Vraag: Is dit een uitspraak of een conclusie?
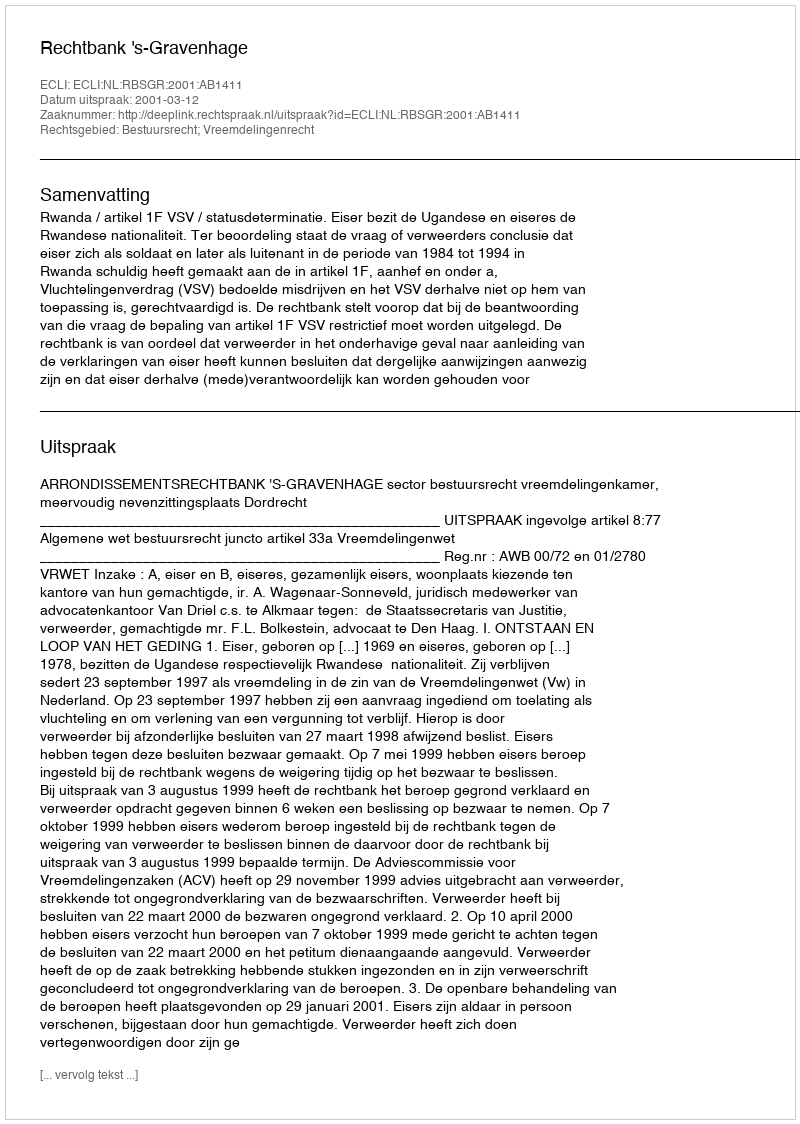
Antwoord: Uitspraak